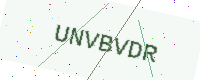
Text: UNVBVDR